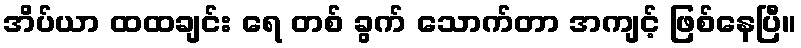
အိပ်ယာ ထထချင်း ရေ တစ် ခွက် သောက်တာ အကျင့် ဖြစ်နေပြီ။